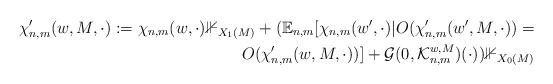
\begin{align*} \chi_{n,m}'(w, M, \cdot) := \chi_{n,m}(w, \cdot) \mathbb{1}_{X_1(M)} + (\mathbb{E}_{n,m}[\chi_{n,m}(w', \cdot) | O(\chi_{n,m}'(w', M, \cdot)) = \\ O(\chi_{n,m}'(w, M, \cdot))] + \mathcal{G}(0, \mathcal{K}_{n,m}^{w,M})(\cdot)) \mathbb{1}_{X_0(M)} \end{align*}